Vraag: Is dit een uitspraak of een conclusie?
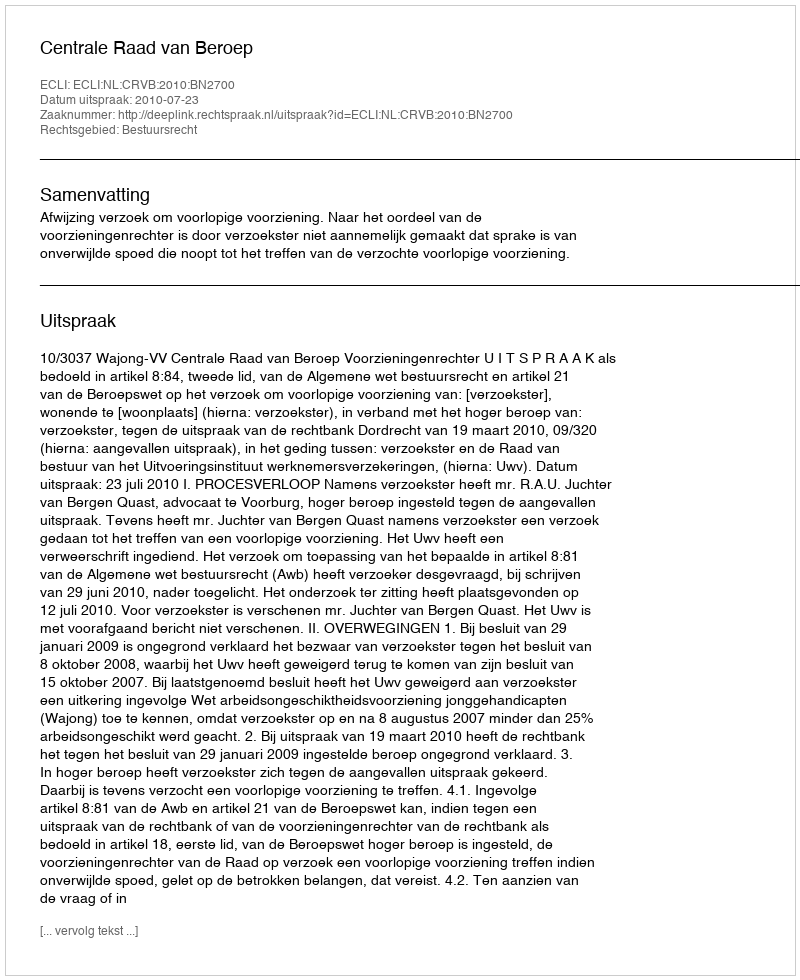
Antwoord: Uitspraak